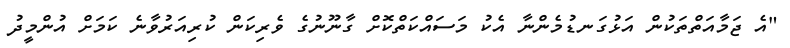
"އެ ޖަމާއަތްތަކުން އަޅުގަނޑުމެންނާ އެކު މަސައްކަތްކޮށް ގާނޫނުގެ ވެރިކަން ކުރިއަރުވާނެ ކަމަށް އުންމީދު